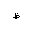
Letter: _za